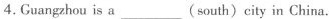
4. Guangzhou is a___( south)city in China.